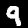
Digit: 9